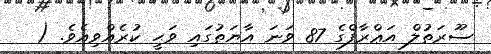
ސޫރަތުލް އަޢްރާފްގެ 87 ވަނަ އާޔަތުގައި ވަޙީ ކުރެއްވިއެވެ. (